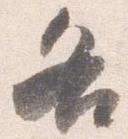
各